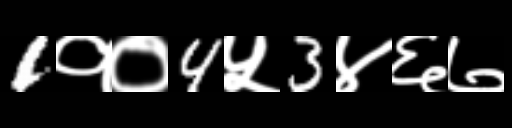
Text: 1१०4५3४६७